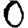
Digit: 0